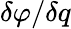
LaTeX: \delta\varphi/\delta q